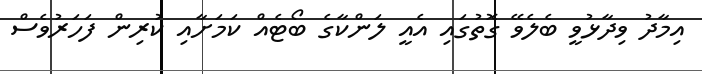
އިމާދު ވިދާޅުވީ ބެލެވޭ ގޮތުގައި އެއީ ލަންކާގެ ބޯޓެއް ކަމަށާއި ކުރިން ފަހަރުވެސް